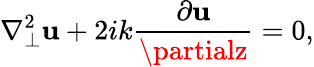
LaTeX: \nabla_{\perp}^{2}\mathbf{u}+2ik{\frac{{\partial\mathbf{u}}}{{\partialz}}}=0,